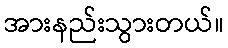
အားနည်းသွားတယ်။